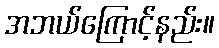
အဘယ်ကြောင့်နည်း။